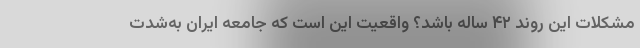
مشكلات اين روند ۴۲ ساله باشد؟ واقعيت اين است كه جامعه ايران به‌شدت